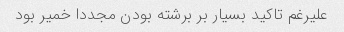
علیرغم تاکید بسیار بر برشته بودن مجددا خمیر بود